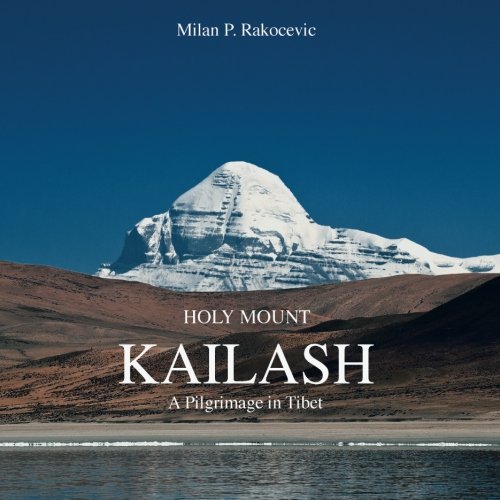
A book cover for Holy Mount Kailash: A Pilgrimage in Tibet; Milan P. Rakocevic; Travel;